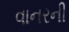
વાનરની